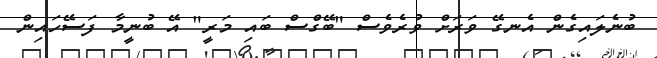
ބުނެލައިގެން އެނގޭ ވަރަށް ވުރެވެސް "ބޭގްސް ބައި މަރީ" އޭ ބުނީމާ ފަސޭހައިން